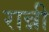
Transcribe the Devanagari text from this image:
रान्नी